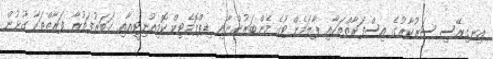
އިނގިރޭސި ސަރުކާރުގެ އިސްފަރާތްތަކާއި ޕާލަމެންޓުގެ މެންބަރުންނާއި ޑިޕްލޮމެޓިކް ކޮމިއުނިޓީއާއި ޚަބަރުފަތުރާ ފަރާތްތަކާ ގުޅުން